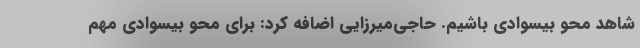
شاهد محو بیسوادی باشیم. حاجی‌میرزایی اضافه کرد: برای محو بیسوادی مهم